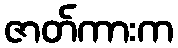
ဇာတ်ကားက